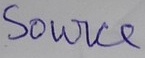
Text: Source